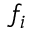
f _ { i }